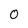
Character: 0